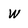
Character: W